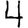
Digit: 4